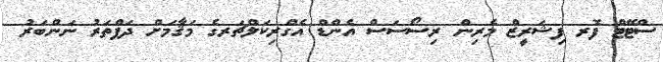
ސްޓޭޓް ފޮރ ފިޝަރީޒް މެރިން ރިސޯސަސް އެންޑް އެގްރިކަލްޗަރގެ މަޤާމަށް ދަފްތަރު ނަންބަރު